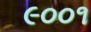
૯૦૦૧